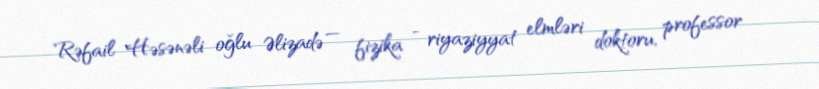
Rəfail Həsənəli oğlu Əlizadə — fizika - riyaziyyat elmləri doktoru, professor